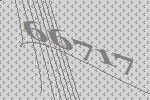
66717